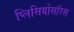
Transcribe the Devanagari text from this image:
प्लिसियोसॉरस